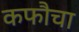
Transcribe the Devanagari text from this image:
कफौचा